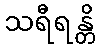
သရီရန္တိ